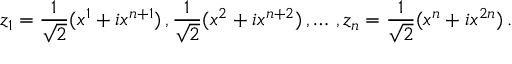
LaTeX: z _ { 1 } = \frac { 1 } { \sqrt { 2 } } ( x ^ { 1 } + i x ^ { n + 1 } ) \, , \frac { 1 } { \sqrt { 2 } } ( x ^ { 2 } + i x ^ { n + 2 } ) \, , \dots \, , z _ { n } = \frac { 1 } { \sqrt { 2 } } ( x ^ { n } + i x ^ { 2 n } ) \, .